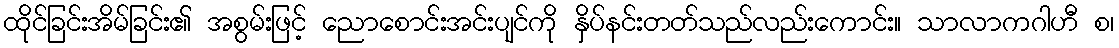
ထိုင်ခြင်းအိမ်ခြင်း၏ အစွမ်းဖြင့် ညောစောင်းအင်းပျင်ကို နှိပ်နင်းတတ်သည်လည်းကောင်း။ သာလာကဂါဟီ စ၊